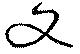
又